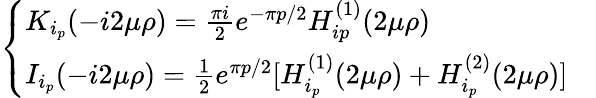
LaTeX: \left\{ \begin{array}{ll}{{K_{i_{p}}(-i2\mu\rho)=\frac{\pi i}{2}e^{-\pi p/2}H_{ip}^{(1)}(2\mu\rho)}}&{{}}\\ {{I_{i_{p}}(-i2\mu\rho)=\frac{1}{2}e^{\pi p/2}[H_{i_{p}}^{(1)}(2\mu\rho)+H_{i_{p}}^{(2)}(2\mu\rho)]}}\end{array}\right.